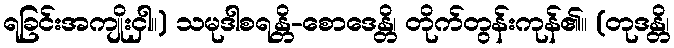
ရခြင်းအကျိုးငှါ။) သမုဒါစရန္တိ-စောဒေန္တိ၊ တိုက်တွန်းကုန်၏။ (တုဒန္တိ၊